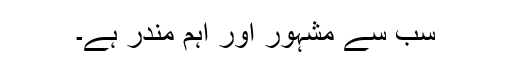
سب سے مشہور اور اہم مندر ہے۔